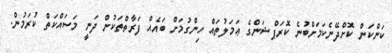
ކަންކަން ކޮށްދޭނެކަމަށްބުނެ ކޮރަޕްޝަންގެ ޢަމަލުތައް ހިންގުމަށް ބައެއް ފަރާތްތަކުން ދަނީ މަސައްކަތް ކުރަމުން.